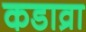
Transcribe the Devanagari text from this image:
कडाव्रा